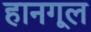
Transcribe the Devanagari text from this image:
हानगूल